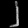
Digit: ၂